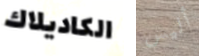
الكاديلاك أليس